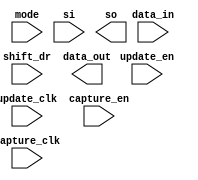
////////////////////////////////////////////////////////////////////////////////
//
//       This confidential and proprietary software may be used only
//     as authorized by a licensing agreement from Synopsys Inc.
//     In the event of publication, the following notice is applicable:
//
//                    (C) COPYRIGHT 1998 - 2016 SYNOPSYS INC.
//                           ALL RIGHTS RESERVED
//
//       The entire notice above must be reproduced on all authorized
//     copies.
//
//
// VERSION:   Simulation Architecture
//
// DesignWare_version: 0b7f2235
// DesignWare_release: K-2015.06-DWBB_201506.5.2
//
////////////////////////////////////////////////////////////////////////////////
//-----------------------------------------------------------------------------------
//
// ABSTRACT:  Boundary Scan Cell Type BC_1
//
//           
//
//              
//  Input Ports:    Size    Description
//  ===========     ====    ===========
//  capture_clk     1 bit   Clocks data into the capture stage
//  update_clk      1 bit   Clocks data into the update stage 
//  capture_en      1 bit   Enable for data clocked into the capture 
//  update_en       1 bit   Enable for data clocked into the update stage 
//  shift_dr        1 bit   Enables the boundary scan chain to shift data
//                          one stage toward its serial output (tdo) 
//  mode            1 bit   Determines whether data_out is controlled 
//                          by the 
//                          boundary scan cell or by the data_in signal
//  si              1 bit   Serial path from the previous boundary 
//                          scan cell
//  data_in         1 bit   Input data
//
//  Output Ports    Size    Description
//  ============    ====    ===========
//  data_out        1 bit   Output data
//  so              1 bit   Serial path to the next boundary scan cell
//              
//
//
// MODIFIED: 
//
//  Liming SU   02/25/2016  Simplified codes by using continuous assignments
//
//  Liming SU   02/04/2016  Eiminated use of non-blocking assignments in
//                          always blocks that doesn't use posedge or
//                          negedge conditioning
//
//------------------------------------------------------------------------------

module DW_bc_1 (
  capture_clk,
  update_clk,
  capture_en,
  update_en,
  shift_dr,
  mode,
  si,
  data_in,
  data_out,
  so
);

  input  capture_clk;
  input  update_clk;
  input  capture_en;
  input  update_en;
  input  shift_dr;
  input  mode;
  input  si;
  input  data_in;
  output data_out;
  output so;

  wire next_so;
  reg  so;
  wire next_update_out;
  reg  update_out;

// synopsys translate_off

  assign next_so = (capture_en===1'b1) ? so :
                     ((shift_dr===1'b1) ? si : data_in);

  always @(posedge capture_clk) begin : so_proc_PROC
    so <= next_so;
  end

  assign next_update_out = (update_en===1'b1) ? so : update_out;

  always @(posedge update_clk) begin : upd_proc_PROC
    update_out <= next_update_out;
  end

  assign data_out = (mode===1'b1) ? update_out : data_in;

// synopsys translate_on

endmodule